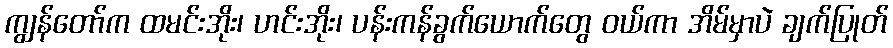
ကျွန်တော်က ထမင်းအိုး၊ ဟင်းအိုး၊ ပန်းကန်ခွက်ယောက်တွေ ဝယ်ကာ အိမ်မှာပဲ ချက်ပြုတ်